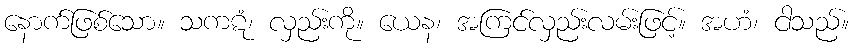
နောက်ဖြစ်သော။ သကဋံ၊ လှည်းကို။ ယေန၊ အကြင်လှည်းလမ်းဖြင့်။ အဟံ၊ ငါသည်။